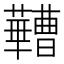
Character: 𬟠